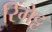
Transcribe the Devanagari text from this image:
रिंगेट्ट